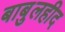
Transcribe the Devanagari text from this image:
बाबुलहीद